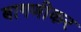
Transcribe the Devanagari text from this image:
बागणीकर